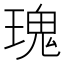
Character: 瑰